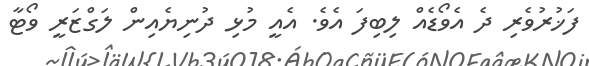
ފަޚުރުވެރި ދެ އެވޯޑެއް ލިބިފަ އެވެ. އެއީ މުޅި ދުނިޔެއިން ލަގްޒަރީ ވޯޓާ